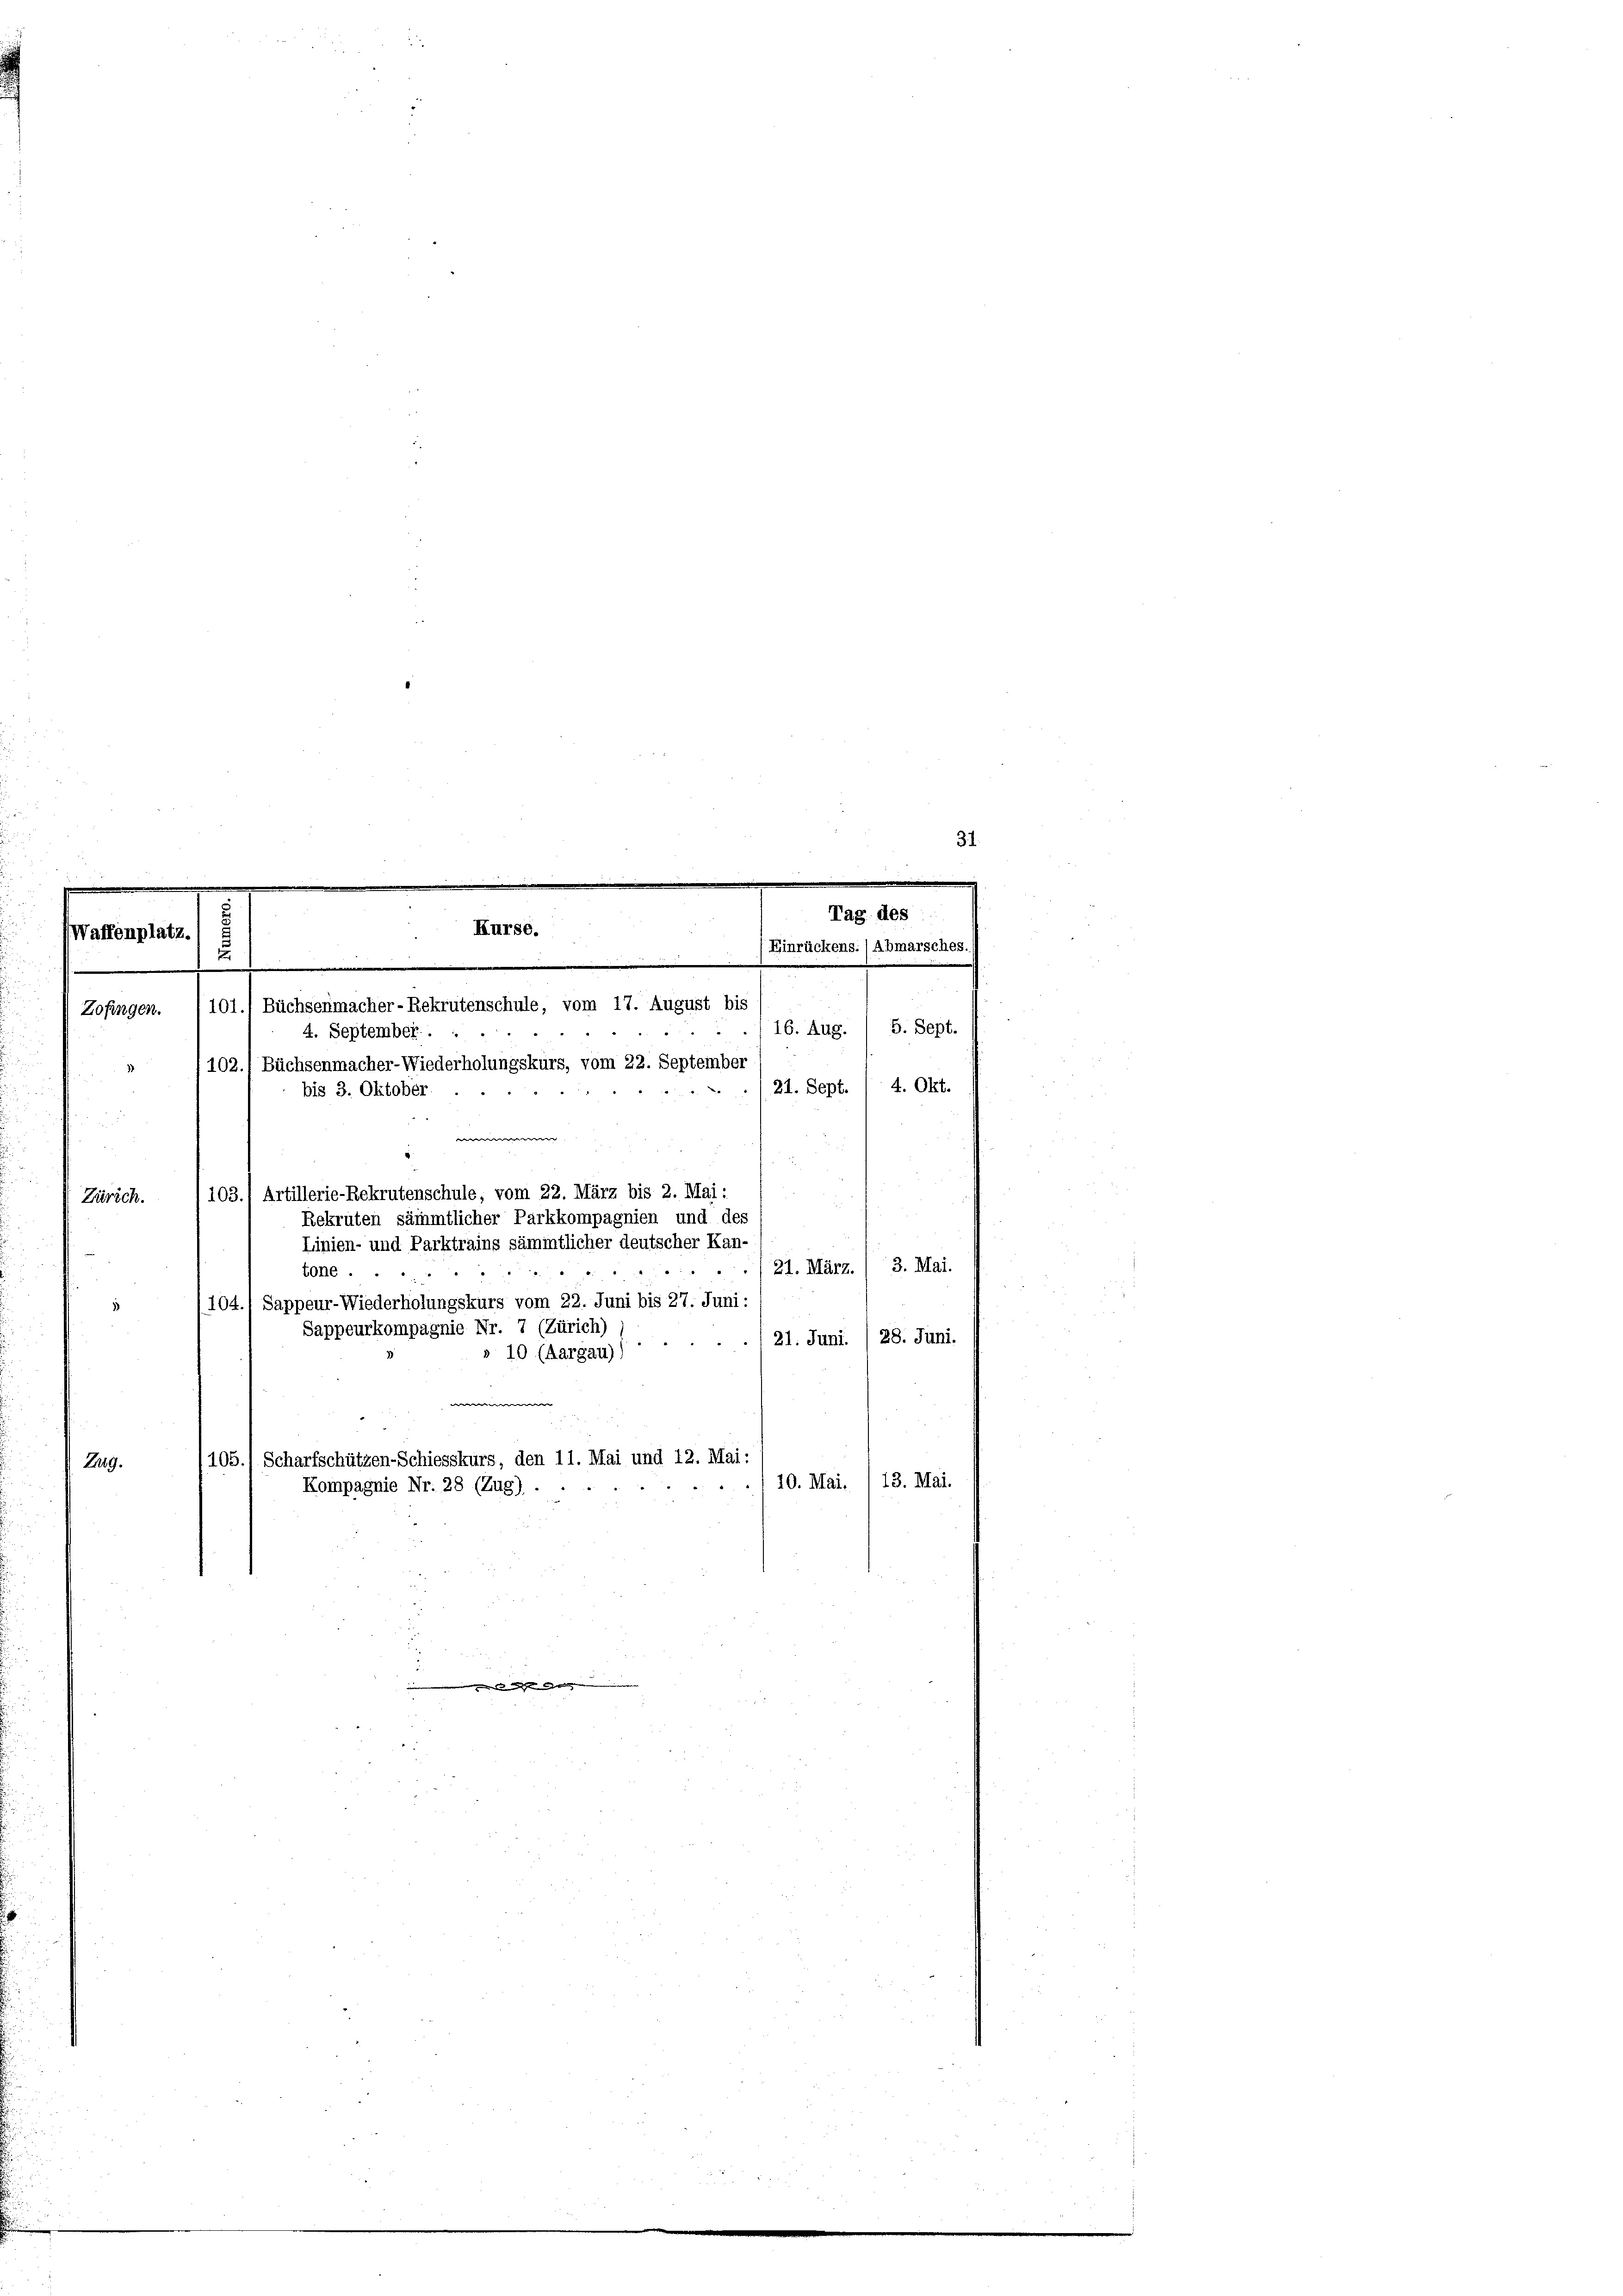
.

Zofingen.

d

Waffenplatz.

Tas
Kurse.
Einrückens. (A
.

101. Büchsenmacher-Rekrutenschule, vom 17. August bis
16. Aug.
4. September.
102.1 Büchsenmacher-Wiederholungskurs, vom 22. September
./21. Sept. / 4. Okt.
bis 3. Oktober.
1
u
w
103.) Artillerie-Rekrutenschule, vom 22. März bis 2. Mai:
Zürich.
Rekruten sämmtlicher Parkkompagnien und des
Linien- und Parktrains sämmtlicher deutscher Kan-
3. Mai.
/21. März.
tone .
104.) Sappeur-Wiederholungskurs vom 22. Juni bis 27. Juni:
Sappeurkompagnie Nr. 7 (Zürich)
28. Juni.
21. Juni.
» 10 (Aargau),
Scharfschützen-Schiesskurs, den 11. Mai und 12. Mai:
Zug.
1206/ Kassagio Nr. 28 (148).
10. Mai. / 13. Mai.
min eines den der |

5. Sept.